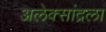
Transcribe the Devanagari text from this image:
अलेक्सांद्रला